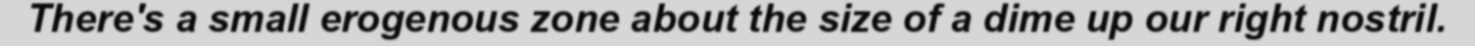
There's a small erogenous zone about the size of a dime up our right nostril.